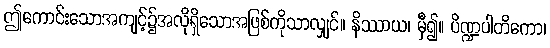
ဤကောင်းသောအကျင့်၌အလိုရှိသောအဖြစ်ကိုသာလျှင်။ နိဿာယ၊ မှီ၍။ ပိဏ္ဍပါတိကော၊